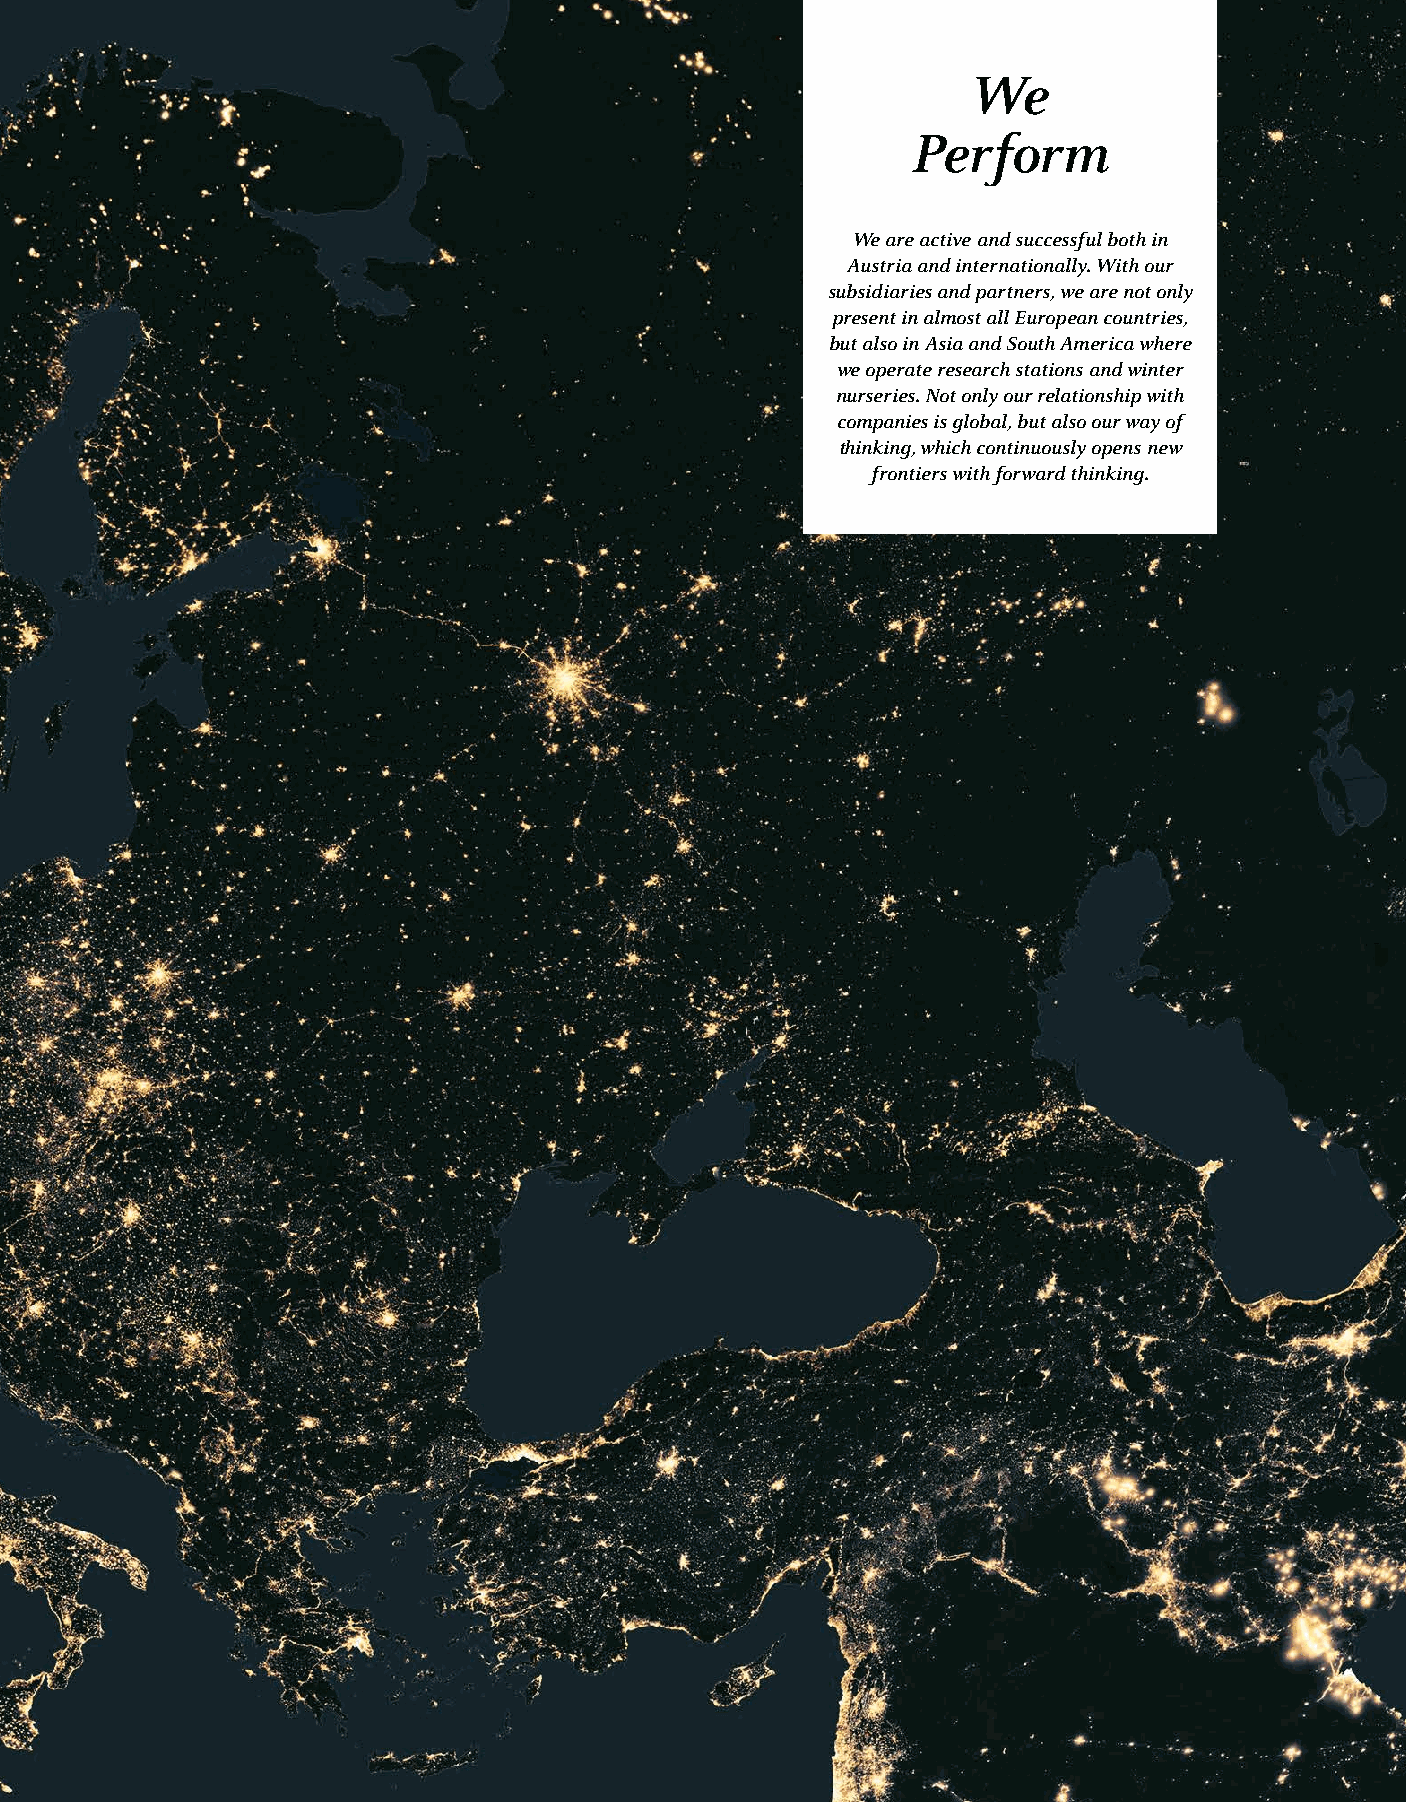
We
 Perform
 We are active and successful both in
 Austria and internationally. With our
 subsidiaries and partners, we are not only
 present in almost all European countries,
 but also in Asia and South America where
 we operate research stations and winter
 nurseries. Not only our relationship with
 companies is global, but also our way of
 thinking, which continuously opens new
 frontiers with forward thinking.